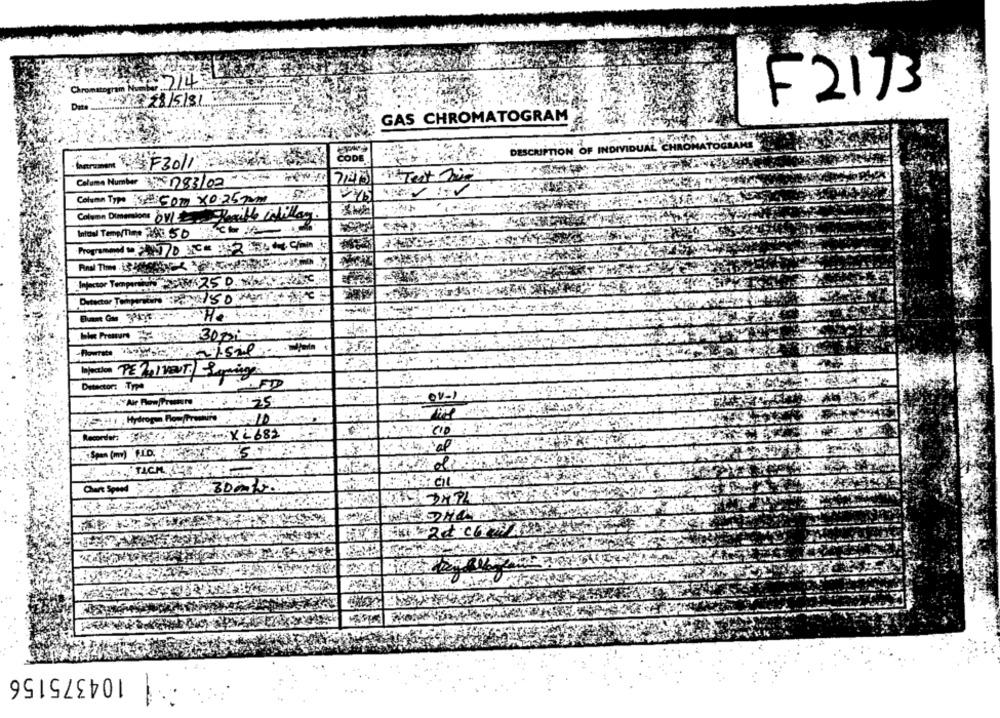
Cromsopran .714
F2173
228/5131 30
Date ...........
GAS CHROMATOGRAM
DESCRIPTION OF INDIVIDUAL CHROMAT
CODE
7,43
Columa Number : 5 183/02
Column Type 50 x0.259
Column Dimensions OVE Herible ColWay.
Intel Temp/Thep 36350 Back
Programand w. 770 x00 :629
Infactor Tempo 25 D.N
Detector Temperature
the Presure 30200
Infection PEVIVENT Syringa
Detector: Type
. + :,, "Ar Rom/Presure :: 25
Recorder: XL682
Cart Spod /3002.
104375156